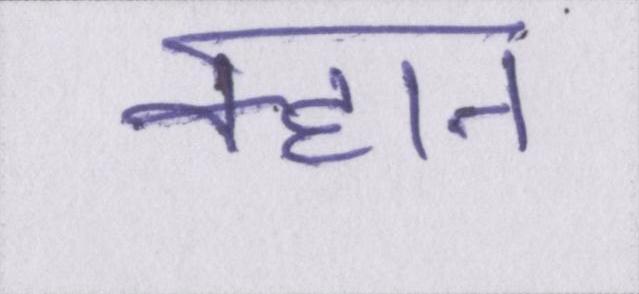
क्हान